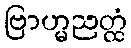
ဗြာဟ္မညတ္ထံ